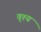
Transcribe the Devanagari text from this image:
वृश्य